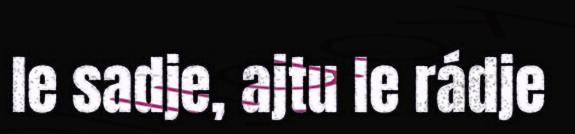
le sadje, ajtu le rádje